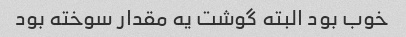
خوب بود البته گوشت یه مقدار سوخته بود